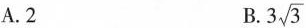
A.2 B.3 \sqrt{3}